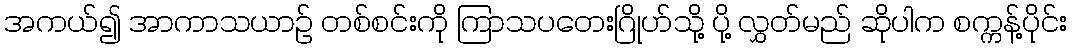
အကယ်၍ အာကာသယာဉ် တစ်စင်းကို ကြာသပတေးဂြိုဟ်သို့ ပို့ လွှတ်မည် ဆိုပါက စက္ကန့်ပိုင်း